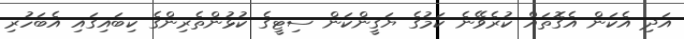
އަދި އެކަން އެގޮތައް ކުރެވޭނެ ކަމުގެ ޔަގީންކަން ސިޓީގެ ކުޅުންތެރިންގެ ކިބައިގައި އެބަހުރި